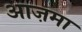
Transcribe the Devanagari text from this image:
आज़मा